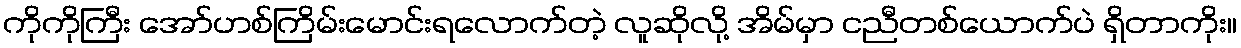
ကိုကိုကြီး အော်ဟစ်ကြိမ်းမောင်းရလောက်တဲ့ လူဆိုလို့ အိမ်မှာ ငညီတစ်ယောက်ပဲ ရှိတာကိုး။